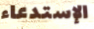
الإستدعاء